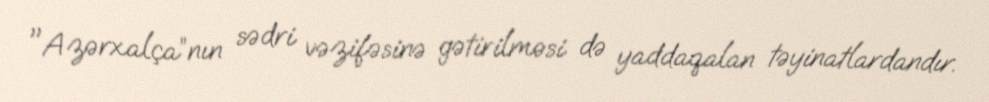
"Azərxalça”nın sədri vəzifəsinə gətirilməsi də yaddaqalan təyinatlardandır.